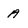
Character: A